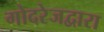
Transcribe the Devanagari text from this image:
गोदरेजद्वारा